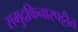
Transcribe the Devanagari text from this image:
समुद्रकिनारपट्टीत